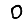
Digit: 0